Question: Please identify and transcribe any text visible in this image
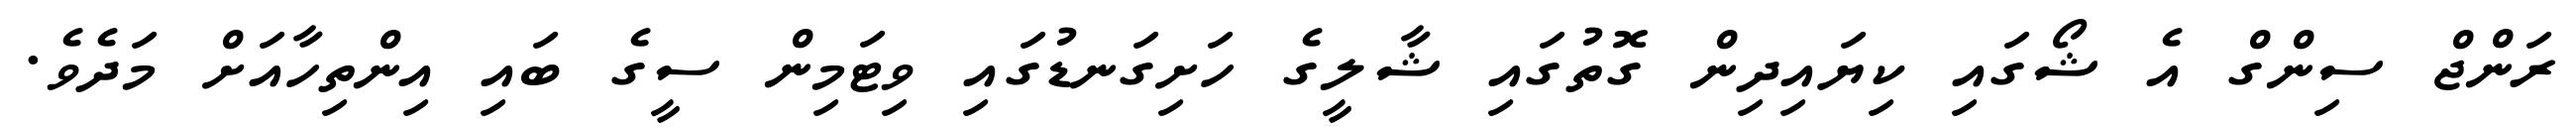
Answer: ރަންޖް ސިންގް އެ ޝޯގައި ކިޔައިދިން ގޮތުގައި ޝާލީގެ ހަށިގަނޑުގައި ވިޓަމިން ސީގެ ބައި އިންތިހާއަށް މަދެވެ.